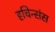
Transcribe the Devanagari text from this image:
हचिन्संस